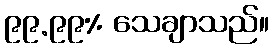
၉၉.၉၉% သေချာသည်။